King Institute of Preventive Medicine Micro-Biological Section reports 1909-11
Year: 1909
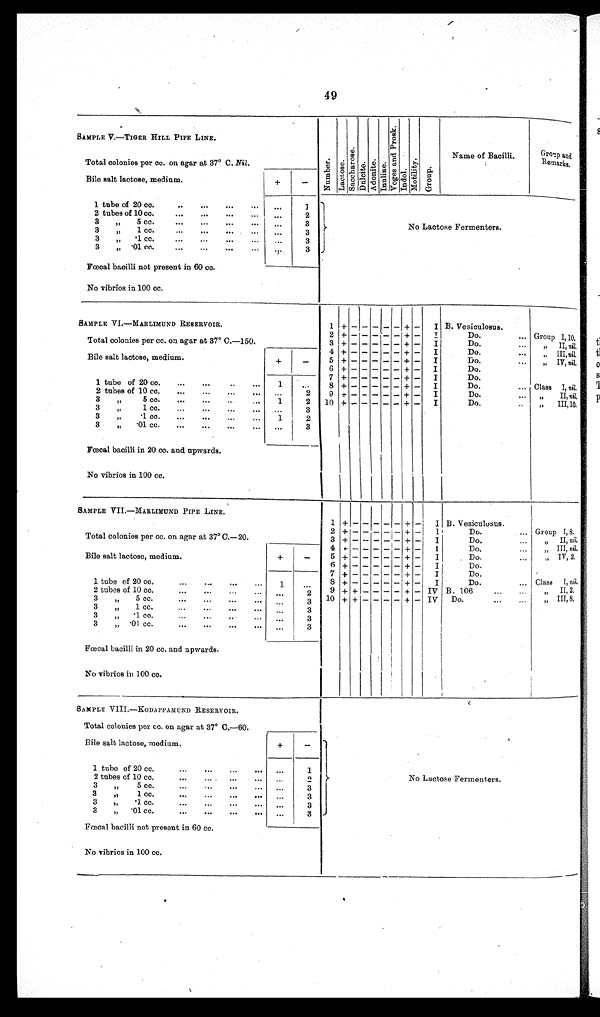
49
49
SAMPLE V.—TIGER HILL PIPE LINE.
N u m b e r . L a c t o a e .
S a c c h a r o s e .
D u l o i t e .
A d o n i t e .
I n u l i n e .
V o g e s a n d P r o s k .
I n d o l .
M o d a l i t y .
G r o u p .
Name of Bacilli.
Group and
Remarks.
Total colonies per cc. on agar at 37° C. Nil .
Bile salt lactose, medium.
+
-
tube of 20 co.
. . .
. . .
. . .
. . .
. . .
1
No
. L a c t o s e F e r m e n t e r s
2 tubes of 10 cc.
...
...
...
...
...
2
3
„
5 cc. ... ... ...
. . .
3
3
„
1 cc.
...
...
...
...
...
3
3
„ '1 cc.
...
...
...
. . .
3
3
„ '01 cc,.
...
...
...
. . . 3
Fœoal bacilli not present in 60 cc.
No vibrios in 100 cc.
SAMPLE VI.—MARLIMUND RESERVOIR.
1 +
-
- - - - +
-
I B. Vesiculosus.
Total colonies per cc. on agar at 37° C.—150.
2 + - - - - - + -
I
Do.
... Group 1,10.
3 + -
- - - - + - I
Do.
...
„ II, nil.
Bile salt lactose, medium.
+
_
4 + -
- - - - + - I
Do.
...
„ III, n i l
.
5 + -
- - - - + - I
Do.
...
„ IV, nil.
6 + -
- - - - + - I
Do.
1 tube of 20 cc.
...
...
1
. . .
7 + -
- - - - +
+- I
Do.
8 +
+ - I
Do.
... Class I, nil,
2 tubes of 10 cc.
. . .
...
...
..
. . .
2
9 + - - - - - + - I
Do.
II, nil .
3 „ 5 cc.
...
...
. . . 1
2 10 + -
- - - - + - I
Do.
...
„
III,10.
3 „ 1 . c c
. . .
3
3 „ 1cc.
...
...
...
. . . 1
2
3 „ .01 cc.
...
...
...
. . .
. . .
3
Fœecal bacilli in 20 cc. and upwards.
No vibrios in 100 cc.
SAMPLE VII.—MARLIMUND PIPE LINE.
1
+
-
- - - -
+ - I B. Vesiculusus.
Total colonies per cc. on agar at 37° C.—20.
2 + - - - - - + -
I
Do.
... Group I, 8.
3 + - - - - - + - I
Do.
II, nil.
Bile salt lactose, medium.
+
-
4 + - - - - -
+ - I
Do.
...
„ III, n i l
.
5
+ -
- - - - + - I
Do ...
„
IV,2.
6 4
+- II
Do.
1 tube of 20 cc.
1
. . . 7
+
+-
- - - -
+ -
I
Do.
8 + -
- - - - + - I
Do.
... Class I , nil.
2 tubes of 10 cc ...
...
...
...
. . .
2
9 + - - - - - + - IV B. 106
II, 2.
3 „ 5 cc.
...
...
...
... ...
3 10 + - - - - - + - IV Do.
III,8.
3 „
1 cc.
...
...
...
... ...
3
3 „ •1 cc....
... ... ... ...
3
3 „ .01 cc ...
...
...
... ...
3
Fœecal bacilli in 20 cc. and upwards.
No vibrios in 100 co.
SAMPLE VIII.—KODAPPAMUND RESERVOIR.
No Lactose Fermenters.
Total colonies per cc. on agar at 37° C.—60.
Bile salt lactose, medium.
+
-
1 tube of 20 cc.
...
...
...
. . .
. . .
1
2 tubes of 10 cc.
...
... ...
. . .
. . .
2
3 „
5 cc.
...
...
...
...
. . .
3
3 „ 1 cc.
...
...
... ... ...
3
3
„
'1 c c .
. . .
... . . .
. . .
. . .
3
3 „ '01 cc.
...
...
...
. . . ...
3
Fœcal bacilli not present in 60 cc.
No vibrios in 100 cc.